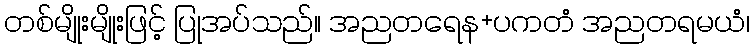
တစ်မျိုးမျိုးဖြင့် ပြုအပ်သည်။ အညတရေန+ပကတံ အညတရမယံ၊